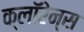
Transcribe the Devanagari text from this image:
क्लॉरेन्स